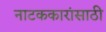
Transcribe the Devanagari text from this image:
नाटककारांसाठी